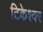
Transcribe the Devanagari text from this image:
टिकेश्वर